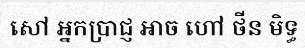
សៅ អ្នកប្រាជ្ញ អាច ហៅ ថីន មិទ្ធ